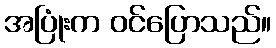
အပြုံးက ဝင်ပြောသည်။